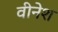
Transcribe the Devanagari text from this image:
वीनेश